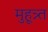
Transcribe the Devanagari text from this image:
मुहूत्र्त